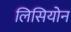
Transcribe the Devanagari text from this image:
लिसियोन